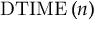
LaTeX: \mathrm { D T I M E } \left( n \right)